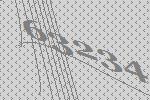
63234